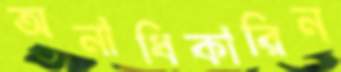
অনাধিকারিন্